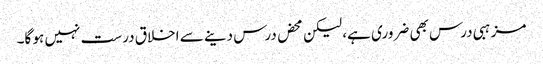
مزہبی درس بھی ضروری ہے، لیکن محض درس دینے سے اخلاق درست نہیں ہو گا۔